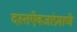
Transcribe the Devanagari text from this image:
दस्तऐवजांप्रमाणे